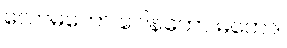
လောမကော ဂေါနကော မတော။